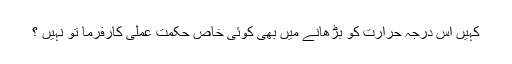
کہیں اس درجہ حرارت کو بڑھانے میں بھی کوئی خاص حکمت عملی کارفرما تو نہیں ؟